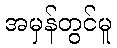
အမှန်တွင်မူ